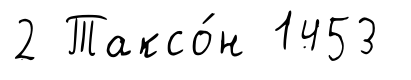
2 Таксо́н 1453